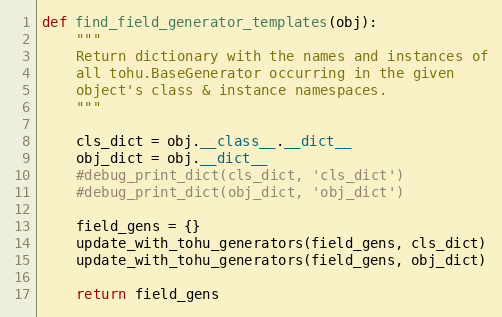
Language: Python
def find_field_generator_templates(obj):
    """
    Return dictionary with the names and instances of
    all tohu.BaseGenerator occurring in the given
    object's class & instance namespaces.
    """

    cls_dict = obj.__class__.__dict__
    obj_dict = obj.__dict__
    #debug_print_dict(cls_dict, 'cls_dict')
    #debug_print_dict(obj_dict, 'obj_dict')

    field_gens = {}
    update_with_tohu_generators(field_gens, cls_dict)
    update_with_tohu_generators(field_gens, obj_dict)

    return field_gens